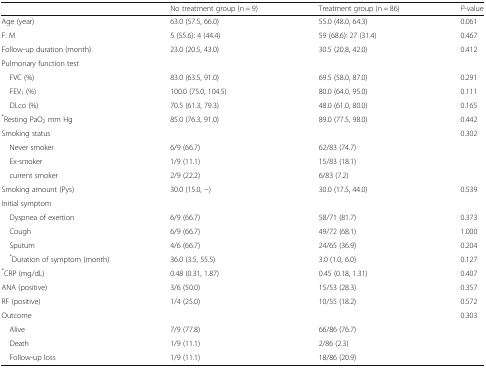
<table><thead><tr><td></td><td><b>No treatment group (n = 9)</b></td><td><b>Treatment group (n = 86)</b></td><td><b><i>P</i>-value</b></td></tr></thead><tbody><tr><td>Age (year)</td><td>63.0 (57.5, 66.0)</td><td>55.0 (48.0, 64.3)</td><td>0.061</td></tr><tr><td>F: M</td><td>5 (55.6): 4 (44.4)</td><td>59 (68.6): 27 (31.4)</td><td>0.467</td></tr><tr><td>Follow-up duration (month)</td><td>23.0 (20.5, 43.0)</td><td>30.5 (20.8, 42.0)</td><td>0.412</td></tr><tr><td>Pulmonary function test</td><td></td><td></td><td></td></tr><tr><td> FVC (%)</td><td>83.0 (63.5, 91.0)</td><td>69.5 (58.0, 87.0)</td><td>0.291</td></tr><tr><td> FEV<sub>1</sub> (%)</td><td>100.0 (75.0, 104.5)</td><td>80.0 (64.0, 95.0)</td><td>0.111</td></tr><tr><td> DLco (%)</td><td>70.5 (61.3, 79.3)</td><td>48.0 (61.0, 80.0)</td><td>0.165</td></tr><tr><td><sup>*</sup>Resting PaO<sub>2</sub> mm Hg</td><td>85.0 (76.3, 91.0)</td><td>89.0 (77.5, 98.0)</td><td>0.442</td></tr><tr><td>Smoking status</td><td></td><td></td><td>0.302</td></tr><tr><td> Never smoker</td><td>6/9 (66.7)</td><td>62/83 (74.7)</td><td></td></tr><tr><td> Ex-smoker</td><td>1/9 (11.1)</td><td>15/83 (18.1)</td><td></td></tr><tr><td> current smoker</td><td>2/9 (22.2)</td><td>6/83 (7.2)</td><td></td></tr><tr><td>Smoking amount (Pys)</td><td>30.0 (15.0, −)</td><td>30.0 (17.5, 44.0)</td><td>0.539</td></tr><tr><td>Initial symptom</td><td></td><td></td><td></td></tr><tr><td> Dyspnea of exertion</td><td>6/9 (66.7)</td><td>58/71 (81.7)</td><td>0.373</td></tr><tr><td> Cough</td><td>6/9 (66.7)</td><td>49/72 (68.1)</td><td>1.000</td></tr><tr><td> Sputum</td><td>4/6 (66.7)</td><td>24/65 (36.9)</td><td>0.204</td></tr><tr><td> <sup>*</sup>Duration of symptom (month)</td><td>36.0 (3.5, 55.5)</td><td>3.0 (1.0, 6.0)</td><td>0.127</td></tr><tr><td><sup>*</sup>CRP (mg/dL)</td><td>0.48 (0.31, 1.87)</td><td>0.45 (0.18, 1.31)</td><td>0.407</td></tr><tr><td>ANA (positive)</td><td>3/6 (50.0)</td><td>15/53 (28.3)</td><td>0.357</td></tr><tr><td>RF (positive)</td><td>1/4 (25.0)</td><td>10/55 (18.2)</td><td>0.572</td></tr><tr><td>Outcome</td><td></td><td></td><td>0.303</td></tr><tr><td> Alive</td><td>7/9 (77.8)</td><td>66/86 (76.7)</td><td></td></tr><tr><td> Death</td><td>1/9 (11.1)</td><td>2/86 (2.3)</td><td></td></tr><tr><td> Follow-up loss</td><td>1/9 (11.1)</td><td>18/86 (20.9)</td><td></td></tr></tbody></table>